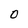
Character: 0